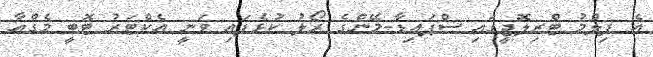
އެ ފިލްމު ޓްރިލޮޖީގައި ސްޕައިޑާ-މޭންގެ ރޯލު ކުޅެފައި ވަނީ އެކްޓަރު ޓޮބީ މެގްއާ